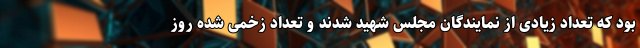
بود که تعداد زیادی از نمایندگان مجلس شهید شدند و تعداد زخمی شده روز